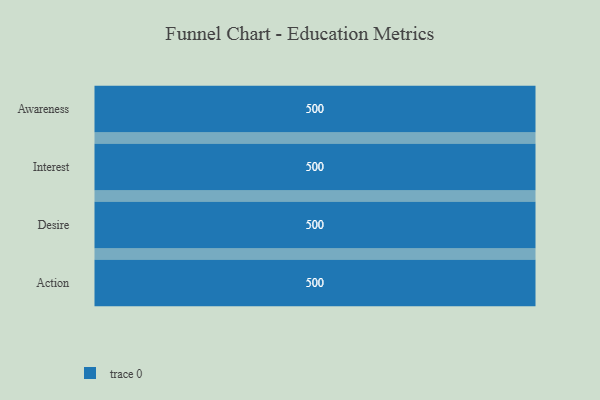
{"axis": {"x": "Stage", "y": "Value"}, "legend": [""], "data": [{"x": "Awareness", "y": 500, "type": ""}, {"x": "Interest", "y": 500, "type": ""}, {"x": "Desire", "y": 500, "type": ""}, {"x": "Action", "y": 500, "type": ""}]}